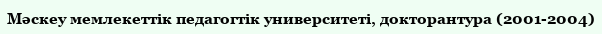
Мәскеу мемлекеттік педагогтік университеті, докторантура (2001-2004)